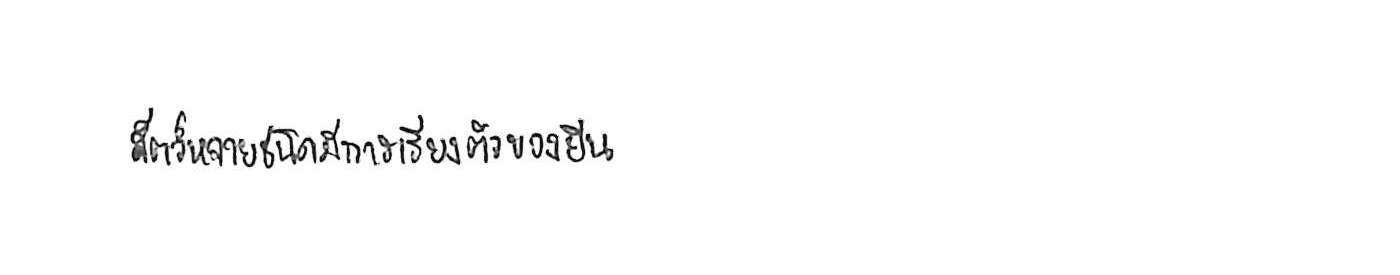
สัตว์หลายชนิดมีการเรียงตัวของยีน